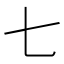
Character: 七